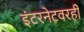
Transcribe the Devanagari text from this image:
इंटरनेटवरही